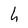
Character: h